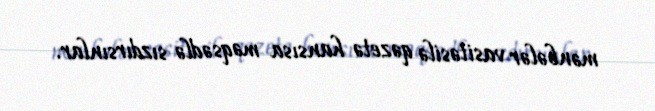
mənbələr vasitəsilə qəzetə hansısa məqsədlə sızdırsınlar.